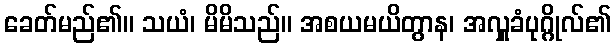
ခေတ်မည်၏။ သယံ၊ မိမိသည်။ အစယမယိတွာန၊ အလှူခံပုဂ္ဂိုလ်၏